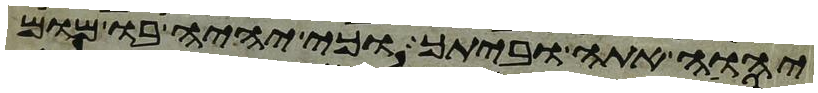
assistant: יהוה אתה וביתך וכי יהיה בו מום